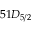
5 1 D _ { 5 / 2 }